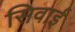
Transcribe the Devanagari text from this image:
सिवाई